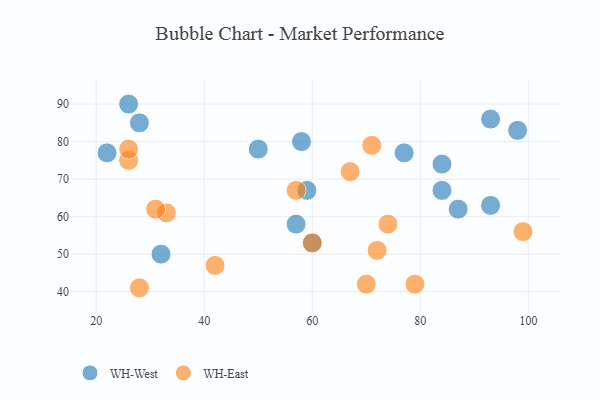
{"axis": {"x": "GDP", "y": "Life Expectancy"}, "legend": ["WH-East", "WH-West"], "data": [{"x": "84", "y": 74, "type": "WH-West"}, {"x": "32", "y": 50, "type": "WH-West"}, {"x": "59", "y": 67, "type": "WH-West"}, {"x": "28", "y": 85, "type": "WH-West"}, {"x": "57", "y": 58, "type": "WH-West"}, {"x": "58", "y": 80, "type": "WH-West"}, {"x": "98", "y": 83, "type": "WH-West"}, {"x": "22", "y": 77, "type": "WH-West"}, {"x": "26", "y": 90, "type": "WH-West"}, {"x": "84", "y": 67, "type": "WH-West"}, {"x": "93", "y": 63, "type": "WH-West"}, {"x": "77", "y": 77, "type": "WH-West"}, {"x": "87", "y": 62, "type": "WH-West"}, {"x": "60", "y": 53, "type": "WH-West"}, {"x": "50", "y": 78, "type": "WH-West"}, {"x": "93", "y": 86, "type": "WH-West"}, {"x": "71", "y": 79, "type": "WH-East"}, {"x": "26", "y": 75, "type": "WH-East"}, {"x": "42", "y": 47, "type": "WH-East"}, {"x": "79", "y": 42, "type": "WH-East"}, {"x": "70", "y": 42, "type": "WH-East"}, {"x": "74", "y": 58, "type": "WH-East"}, {"x": "72", "y": 51, "type": "WH-East"}, {"x": "60", "y": 53, "type": "WH-East"}, {"x": "28", "y": 41, "type": "WH-East"}, {"x": "33", "y": 61, "type": "WH-East"}, {"x": "99", "y": 56, "type": "WH-East"}, {"x": "26", "y": 78, "type": "WH-East"}, {"x": "57", "y": 67, "type": "WH-East"}, {"x": "31", "y": 62, "type": "WH-East"}, {"x": "67", "y": 72, "type": "WH-East"}]}